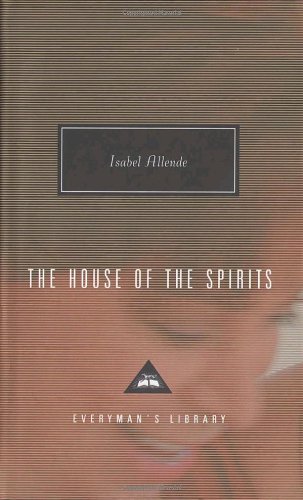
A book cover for The House of the Spirits (Everyman's Library Classics & Contemporary Classics); Isabel Allende; Literature & Fiction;